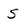
Character: S